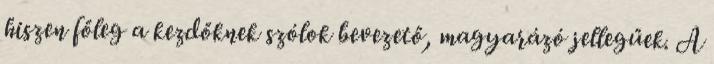
hiszen főleg a kezdőknek szólok bevezető, magyarázó jellegűek. A